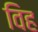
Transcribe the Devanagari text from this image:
विह